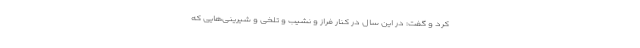
کرد و گفت: در این سال در کنار فراز و نشیب و تلخی و شیرینی‌هایی که